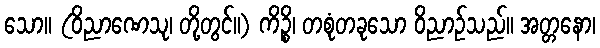
သော။ (ဝိညာဏေသု၊ တို့တွင်။) ကိဉ္စိ၊ တစုံတခုသော ဝိညာဉ်သည်။ အတ္တနော၊